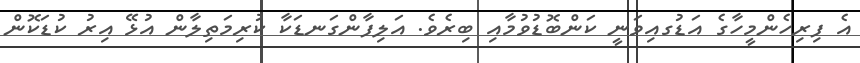
އެ ފިރިހެންމީހާގެ އަޑުގއިވަނީ ކަންބޮޑުވުމާއި ބިރެވެ. އަލިފާންގަނޑަކާ ކުރިމަތިލާން އުޅޭ އިރު ކުޑަކޮން